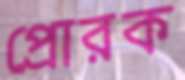
প্রোরক